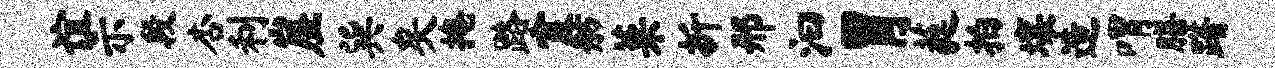
谊示段杏利崖巽矣掩路霞舫菜折邢汩胃蕤拍壤造喟膳躇